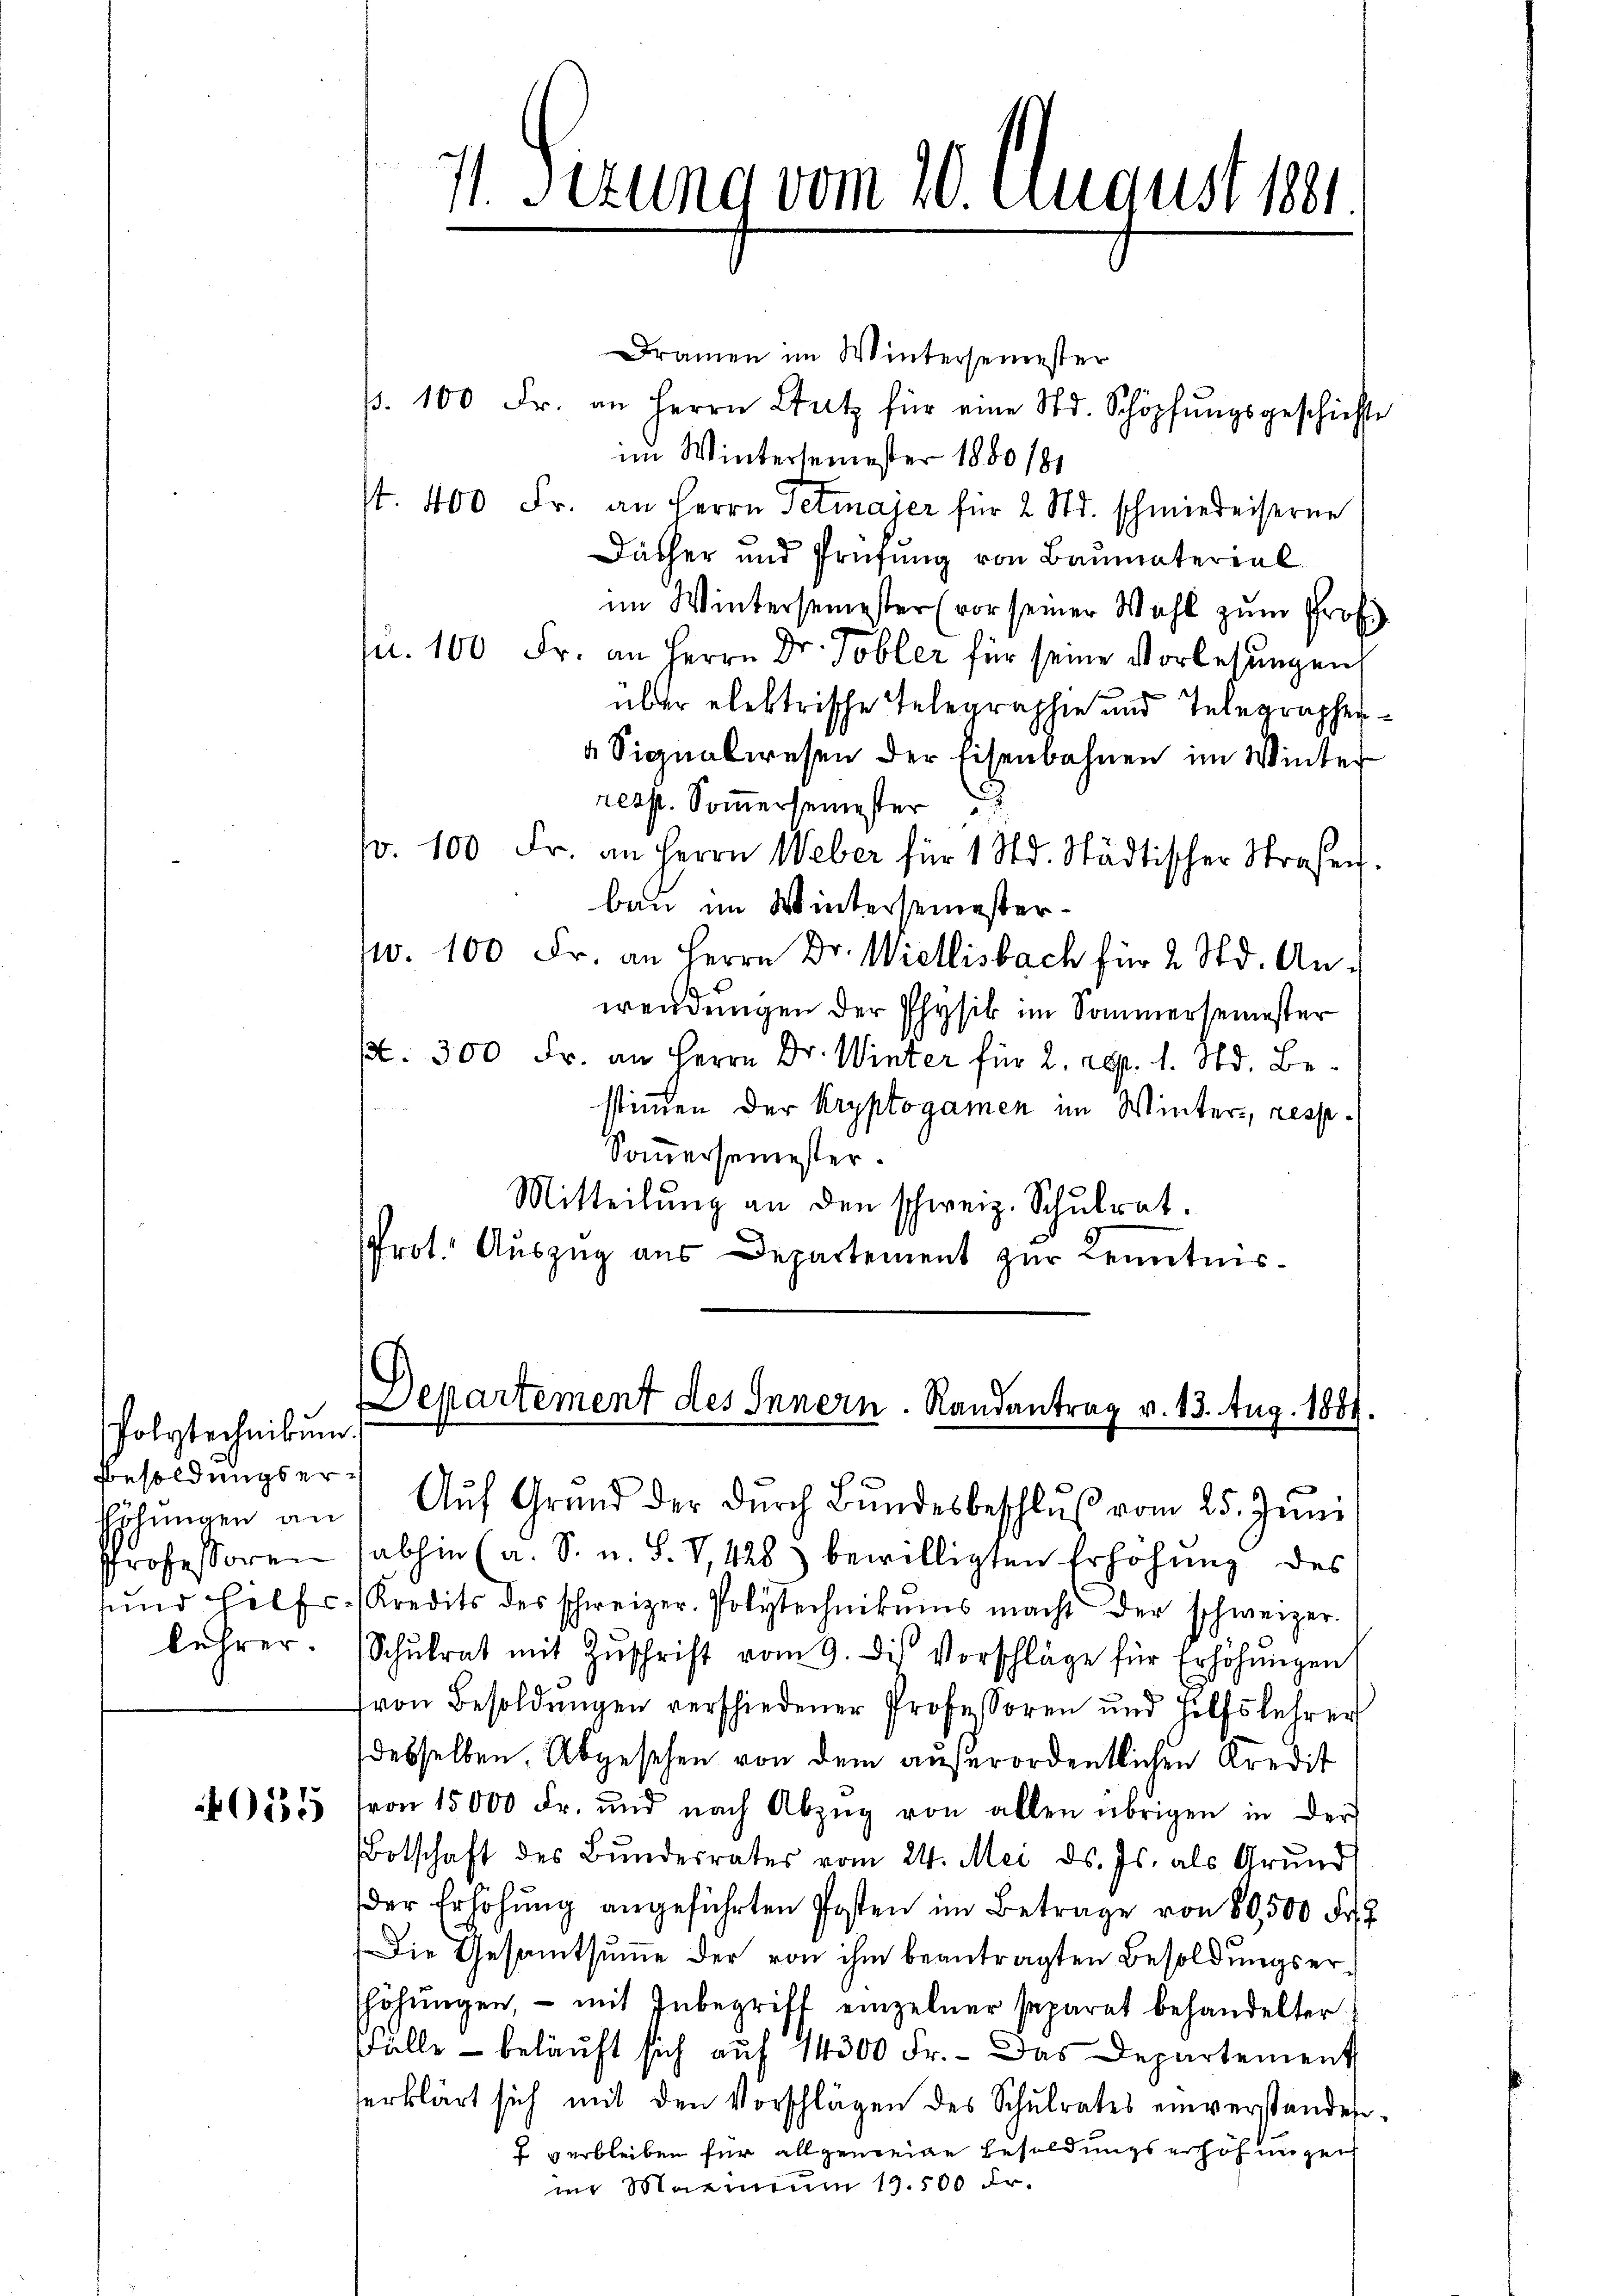
folytechnikum.
Besoldungser¬
Professoren
und Hilfs-
lehrer

40135

11. Sizung vom 20. August 181

Dramen im Wintersemester
p. 100 Fr. an Herrn Stutz für eine Std. Schöpfungsgeschichte
im Wintersemester 1880/81
st. 400 Fr. an Herrn Petmajer für 2 Std. schmiederserne
Dächer und Prüfung von Baumaterial
im Wintersemester (vor seiner Wahl zŭm Prof.
. 100 Fr. an Herrn Dr. Tobler für seine Vorlesungen
über elektrische Telegraphie und Telegraphen¬
 Signalwesen der Eisenbahnen im Winter
resp. Sommersemester
fr. 100 Fr. an Herrn Weber für 1 Std. Städtischer Straßen.
bau im Wintersemesterw. 100 Fr. an Herrn Dr. Wietlisbach für 2 Std. An-
wendungen der Physik im Sommersemester
pt. 300 Fr. an Herrn Dr. Winter für 2. Rpp. 1. d. Bestimmen der Kryptogamen im Winter- respe¬
Somersemester.
Mitteilŭng an den schweiz. Schŭlrat.
Prot. Auszug aus Departement zur Kenntnis¬

Departement des Innern. Randantrag v. 13. Aug. 1884.
Ehŭngen an. Aŭf Grund der dŭrch Bŭndesbeschlŭβ vom 25. Jŭni

abhin (a. S. u. S. V,428) bewilligten Erhöhung des
Kredits des schweizer. Polytechnikums macht der schweizer-
Schŭlrat mit Zŭschrift vom 9. des Vorschläge für Erhöhŭngen
von Besoldungen verschiedener Professoren und Hilfslehrer
desselben. Abgesehen von dem außerordentlichen Kredit
von 15000 Fr. und nach Abzŭg von allen übrigen in der
Botschaft des Bŭndesrates vom 24. Mai d. Js. als Grund
der Erhöhŭng angeführten Posten im Betrage von 80,500 Fr.
Die Gesamtsumme der von ihm beantragten Besoldungserhöhŭngen, – mit Inbegriff einzelner separat behandelter
Fälle - beläuft sich auf 14300 Fr. - Das Departement
erklärt sich mit den Vorschlägen des Schulrates einverstanden
 verbleiben für allgemeine Besoldungserhöhungen
im Maximum 13. 500 Fr.